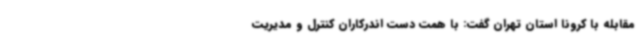
مقابله با کرونا استان تهران گفت: با همت دست اندرکاران کنترل و مدیریت